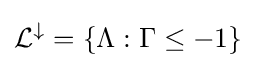
{\mathcal {L}}^{\downarrow }=\{\Lambda :\Gamma \leq -1\}